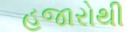
હજારોથી